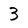
Character: 3